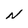
Character: N